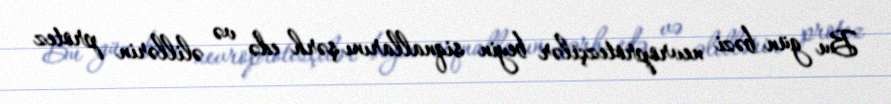
Bu gün bəzi nevroprotezçilər beyin siqnallarını şərh edə və əlillərin protez